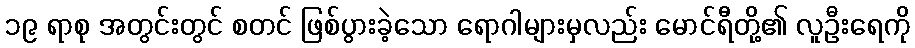
၁၉ ရာစု အတွင်းတွင် စတင် ဖြစ်ပွားခဲ့သော ရောဂါများမှလည်း မောင်ရီတို့၏ လူဦးရေကို